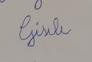
Signature authenticity: forged